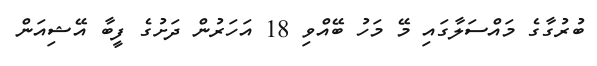
ބުރުގާގެ މައްސަލާގައި މޭ މަހު ބޭއްވި 18 އަހަރުން ދަށުގެ ފީބާ އޭޝިއަން